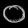
Digit: ၀